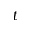
t